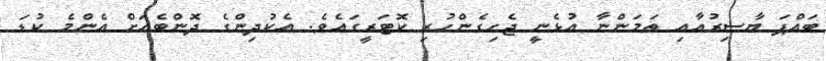
ބައްޕަ ޔާސިރުއާއި ތަމަންނާ އުޅެނީ ޖެހިގެންހުރި ކޮޓަރީގައެވެ. އެކުދިންގެ ދޮންބެއަށް އެންމެ ކުޑަ